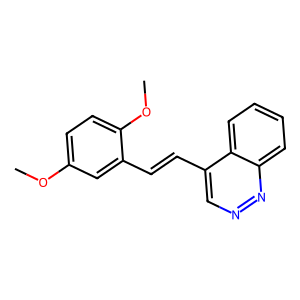
SMILES: COc1ccc(OC)c(C=Cc2cnnc3ccccc23)c1
Inhibits HIV replication: No